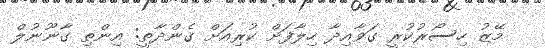
މޭޒު ހިސޯރުކުރީ ގަވާއިދާ ހިލާފަށް ކުރިއަށް ގެންދާތީ: އިންތި ގާނޫނުލް